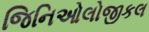
જિનિઓલોજીકલ